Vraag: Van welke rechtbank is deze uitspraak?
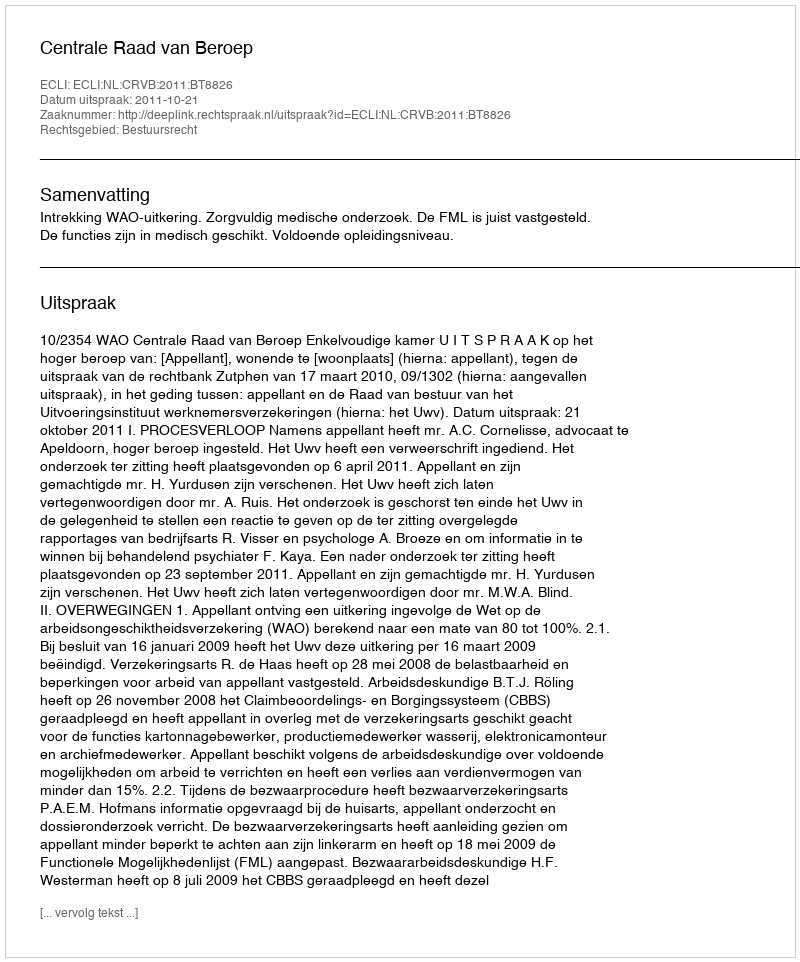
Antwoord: Centrale Raad van Beroep